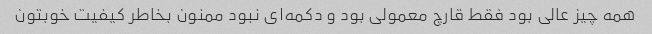
همه چیز عالی بود فقط قارچ معمولی بود و دکمه‌ای نبود ممنون بخاطر کیفیت خوبتون